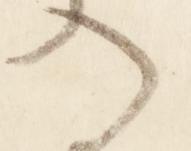
入